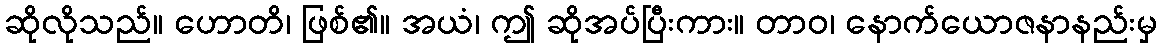
ဆိုလိုသည်။ ဟောတိ၊ ဖြစ်၏။ အယံ၊ ဤ ဆိုအပ်ပြီးကား။ တာဝ၊ နောက်ယောဇနာနည်းမှ